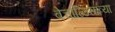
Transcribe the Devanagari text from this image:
बेचाळिसाव्या